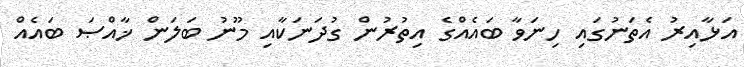
އަޅާއިރު އެތަނުގައި ހިނަވާ ބައެއްގެ އިތުރުން ގުދަނަކާއި މޫނު ބަލަން ޚާއްޞަ ބައެއް